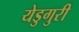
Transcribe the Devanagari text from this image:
येडुगुरी